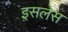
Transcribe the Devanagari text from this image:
इसलेस